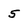
Character: 5